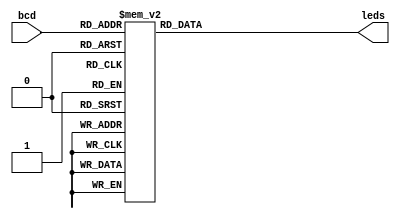
module seg7(bcd,leds);
input[3:0] bcd;
output reg[6:0] leds;
reg a,b,c,d,e,f,g;

always @(bcd)
begin

leds={a,b,c,d,e,f,g};

case(bcd)
0:{a,b,c,d,e,f,g}<=7'b111_1110;
1:{a,b,c,d,e,f,g}<=7'b011_0000;
2:{a,b,c,d,e,f,g}<=7'b110_1101;
3:{a,b,c,d,e,f,g}<=7'b111_1001;
4:{a,b,c,d,e,f,g}<=7'b011_0011;
5:{a,b,c,d,e,f,g}<=7'b101_1011;
6:{a,b,c,d,e,f,g}<=7'b101_1111;
7:{a,b,c,d,e,f,g}<=7'b111_0010;
8:{a,b,c,d,e,f,g}<=7'b111_1111;
9:{a,b,c,d,e,f,g}<=7'b111_1011;
default:{a,b,c,d,e,f,g}<=7'b000_0000;
endcase

end

endmodule